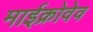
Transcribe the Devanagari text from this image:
माईक्रोवेव